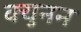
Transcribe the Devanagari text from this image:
क्युनन